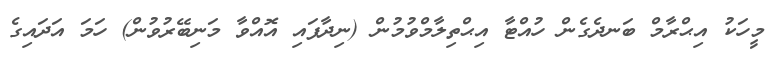
މީހަކު އިޙްރާމް ބަނދެގެން ހުއްޓާ އިޙްތިލާމްވުމުން (ނިދާފައި އޮއްވާ މަނިބޭރުވުން) ހަމަ އަދައިގެ